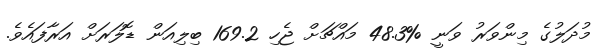
މުދަލުގެ މިންވަރު ވަނީ %48.3 މައްޗަށް ޖެހި 169.2 ބިލިއަން ޑޮލަރަށް އަރާފައެވެ.